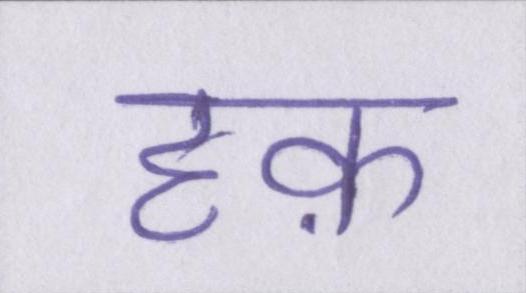
हक़